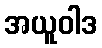
အယူဝါဒ